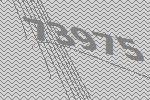
73975